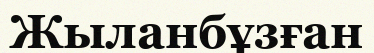
Жыланбұзған